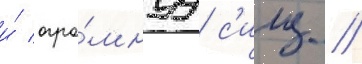
и́ огро́мнуу с'илу //